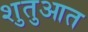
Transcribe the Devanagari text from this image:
शुतुआत